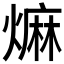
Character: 𤎎